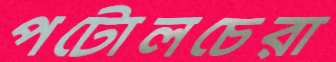
পটোলচেরা